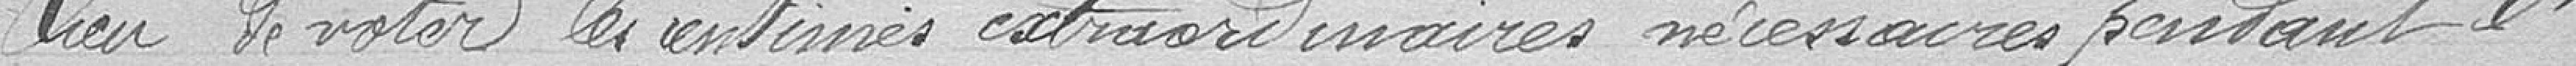
lieu de voter les centimes extraordinaires nécessaires pendant l'